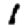
Digit: 1